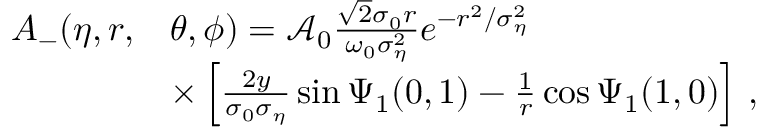
\begin{array} { r l } { A _ { - } ( \eta , r , } & { \theta , \phi ) = \mathcal { A } _ { 0 } \frac { \sqrt { 2 } \sigma _ { 0 } r } { \omega _ { 0 } \sigma _ { \eta } ^ { 2 } } e ^ { - r ^ { 2 } / \sigma _ { \eta } ^ { 2 } } } \\ & { \times \left[ \frac { 2 y } { \sigma _ { 0 } \sigma _ { \eta } } \sin \Psi _ { 1 } ( 0 , 1 ) - \frac { 1 } { r } \cos \Psi _ { 1 } ( 1 , 0 ) \right] \, , } \end{array}